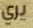
يري